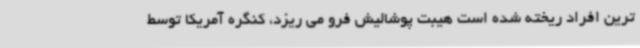
ترین افراد ریخته شده است هیبت پوشالیش فرو می ریزد، کنگره آمریکا توسط